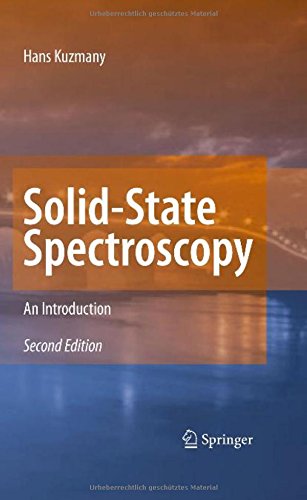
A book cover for Solid-State Spectroscopy: An Introduction; Hans Kuzmany; Science & Math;